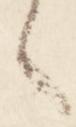
之